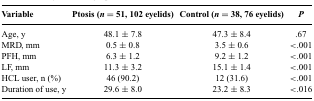
<table><thead><tr><td><b>Variable</b></td><td><b>Ptosis (<i>n</i> = 51, 102 eyelids)</b></td><td><b>Control (<i>n</i> = 38, 76 eyelids)</b></td><td><b><i>P</i></b></td></tr></thead><tbody><tr><td>Age, y</td><td>48.1 ± 7.8</td><td>47.3 ± 8.4</td><td>.67</td></tr><tr><td>MRD, mm</td><td>0.5 ± 0.8</td><td>3.5 ± 0.6</td><td>&lt;.001</td></tr><tr><td>PFH, mm</td><td>6.3 ± 1.2</td><td>9.2 ± 1.2</td><td>&lt;.001</td></tr><tr><td>LF, mm</td><td>11.3 ± 3.2</td><td>15.1 ± 1.4</td><td>&lt;.001</td></tr><tr><td>HCL user, n (%)</td><td>46 (90.2)</td><td>12 (31.6)</td><td>&lt;.001</td></tr><tr><td>Duration of use, y</td><td>29.6 ± 8.0</td><td>23.2 ± 8.3</td><td>&lt;.016</td></tr></tbody></table>